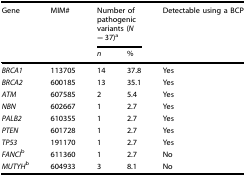
| <ROWSPAN=2> Gene | <ROWSPAN=2> MIM# | <COLSPAN=2> Number of pathogenic variants (N = 37)a | <ROWSPAN=2> Detectable using a BCP |
 | n | % |
 | --- | --- | --- | --- | --- |
 | BRCA1 | 113705 | 14 | 37.8 | Yes |
 | BRCA2 | 600185 | 13 | 35.1 | Yes |
 | ATM | 607585 | 2 | 5.4 | Yes |
 | NBN | 602667 | 1 | 2.7 | Yes |
 | PALB2 | 610355 | 1 | 2.7 | Yes |
 | PTEN | 601728 | 1 | 2.7 | Yes |
 | TP53 | 191170 | 1 | 2.7 | Yes |
 | FANCIb | 611360 | 1 | 2.7 | No |
 | MUTYHb | 604933 | 3 | 8.1 | No |